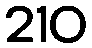
210